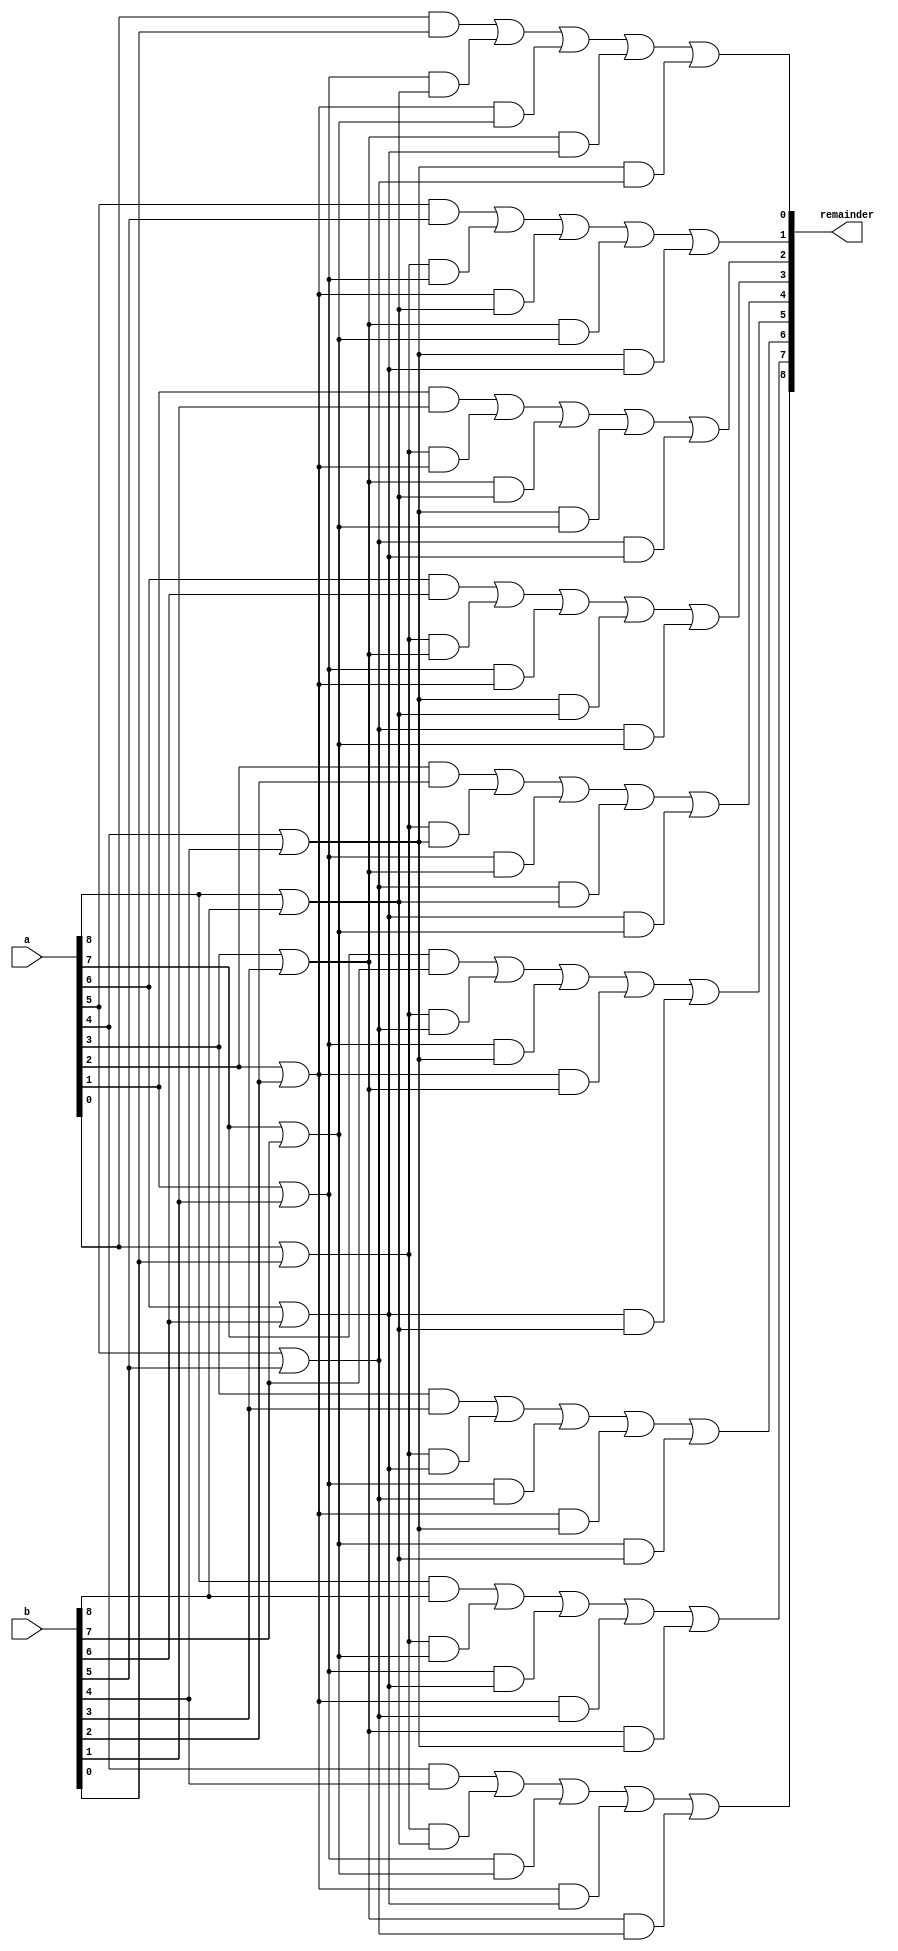
`timescale 1ns / 1ps
module ohc_9_modulo_adder(a,b,remainder);
    input [8:0]a,b;
    output [8:0]remainder;

    wire [8:0]annd;
    wire [8:0]oor;
    wire [36:1]stage2;

    assign annd[8] = (a[8] & b[8]);
    assign oor[8] = (a[8] | b[8]);
    assign annd[7] = (a[7] & b[7]);
    assign oor[7] = (a[7] | b[7]);
    assign annd[6] = (a[6] & b[6]);
    assign oor[6] = (a[6] | b[6]);
    assign annd[5] = (a[5] & b[5]);
    assign oor[5] = (a[5] | b[5]);
    assign annd[4] = (a[4] & b[4]);
    assign oor[4]  = (a[4] | b[4]);
    assign annd[3]  = (a[3] & b[3]);
    assign oor[3]  = (a[3] | b[3]);
    assign annd[2]  = (a[2] & b[2]);
    assign oor[2]  = (a[2] | b[2]);
    assign annd[1]  = (a[1] & b[1]);
    assign oor[1]  = (a[1] | b[1]);
    assign annd[0]  = (a[0] & b[0]);
    assign oor[0]  = (a[0] | b[0]); 

    assign stage2[36] = (oor[1] & oor[8]);
    assign stage2[35] = (oor[2] & oor[7]);
    assign stage2[34] = (oor[3] & oor[6]);
    assign stage2[33] = (oor[4] & oor[5]);

    assign stage2[32] = (oor[0] & oor[2]);
    assign stage2[31] = (oor[3] & oor[8]);
    assign stage2[30] = (oor[4] & oor[7]);
    assign stage2[29] = (oor[5]& oor[6]);

    assign stage2[28] = (oor[0] & oor[4]);
    assign stage2[27] = (oor[1] & oor[3]);
    assign stage2[26] = (oor[5]& oor[8]);
    assign stage2[25] = (oor[6]& oor[7]);

    assign stage2[24] = (oor[0] & oor[6]);
    assign stage2[23] = (oor[1] & oor[5]);
    assign stage2[22] = (oor[2] & oor[4]);
    assign stage2[21] = (oor[7]& oor[8]);

    assign stage2[20] = (oor[0] & oor[8]);
    assign stage2[19] = (oor[1] & oor[7]);
    assign stage2[18] = (oor[2] & oor[6]);
    assign stage2[17] = (oor[3] & oor[5]);

    assign stage2[16] = (oor[0] & oor[1]);
    assign stage2[15] = (oor[2] & oor[8]);
    assign stage2[14] = (oor[3] & oor[7]);
    assign stage2[13] = (oor[4] & oor[6]);

    assign stage2[12] = (oor[0] & oor[3]);
    assign stage2[11] = (oor[1] & oor[2]);
    assign stage2[10] = (oor[4] & oor[8]);
    assign stage2[9]  = (oor[5]& oor[7]);

    assign stage2[8]  = (oor[0] & oor[5]);
    assign stage2[7]  = (oor[1] & oor[4]);
    assign stage2[6]  = (oor[2] & oor[3]);
    assign stage2[5]  = (oor[6]& oor[8]);
    
    assign stage2[4]  = (oor[0] & oor[7]);
    assign stage2[3]  = (oor[1] & oor[6]);
    assign stage2[2]  = (oor[2] & oor[5]);
    assign stage2[1]  = (oor[3] & oor[4]);

    assign remainder[0] = (annd[0] | stage2[36] | stage2[35] | stage2[34] | stage2[33]);
    assign remainder[2] = (annd[1] | stage2[32] | stage2[31] | stage2[30] | stage2[29]);
    assign remainder[4] = (annd[2] | stage2[28] | stage2[27] | stage2[26] | stage2[25]);
    assign remainder[6] = (annd[3] | stage2[24] | stage2[23] | stage2[22] | stage2[21]);
    assign remainder[8] = (annd[4]| stage2[20] | stage2[19] | stage2[18] | stage2[17]);
    assign remainder[1] = (annd[5]| stage2[16] | stage2[15] | stage2[14] | stage2[13]);
    assign remainder[3] = (annd[6]| stage2[12] | stage2[11] | stage2[10] | stage2[9]);
    assign remainder[5] = (annd[7]| stage2[8] | stage2[7] | stage2[6] | stage2[5]);
    assign remainder[7] = (annd[8]| stage2[4] | stage2[3] | stage2[2] | stage2[1]);

endmodule